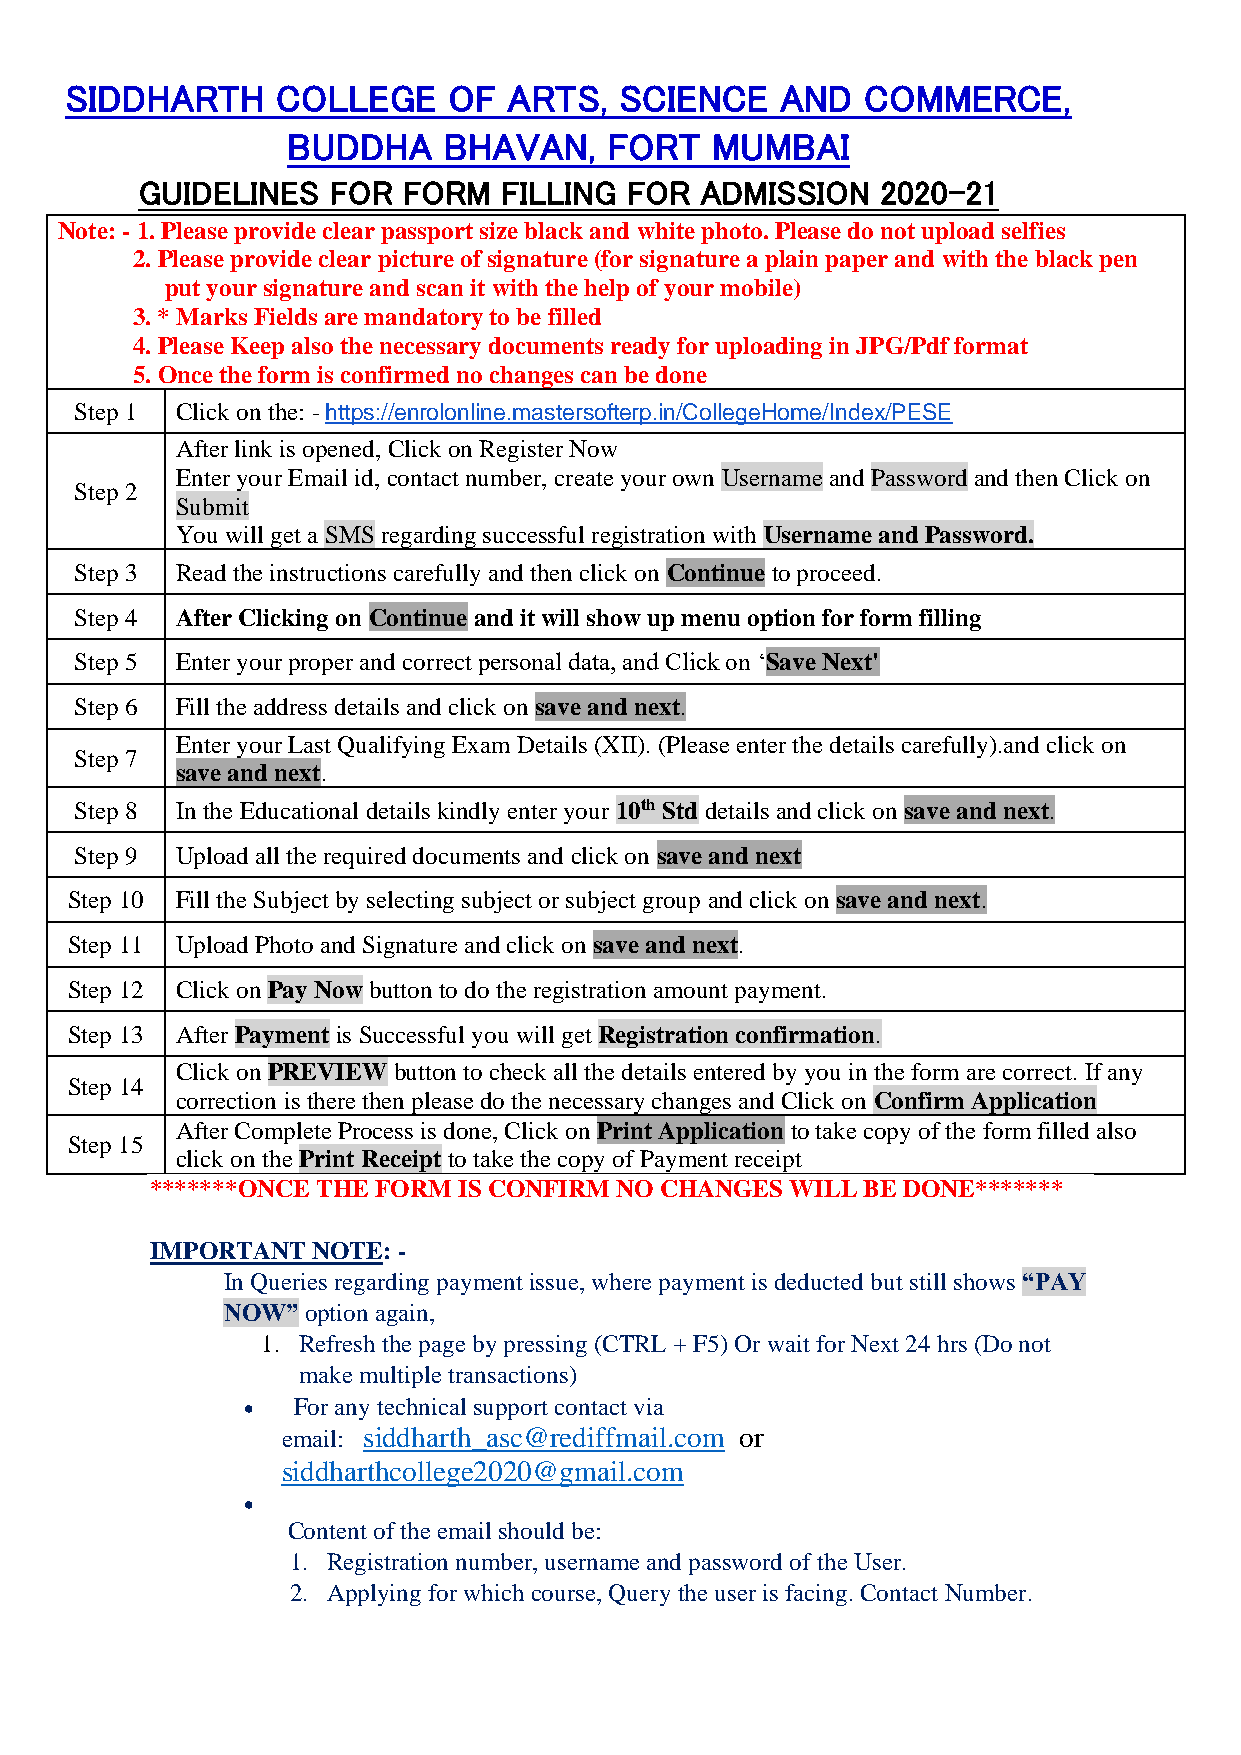
SIDDHARTH     COLLEGE     OF  ARTS,  SCIENCE    AND  COMMERCE,
 BUDDHA    BHAVAN,    FORT   MUMBAI
 GUIDELINES   FOR  FORM  FILLING FOR  ADMISSION   2020-21
 Note: - 1. Please provide clear passport size black and white photo. Please do not upload selfies
 2. Please provide clear picture of signature (for signature a plain paper and with the black pen
 put your signature and scan it with the help of your mobile)
 3. * Marks Fields are mandatory to be filled
 4. Please Keep also the necessary documents ready for uploading in JPG/Pdf format
 5. Once the form is confirmed no changes can be done
 Step 1 Click on the: - https://enrolonline.mastersofterp.in/CollegeHome/Index/PESE
 After link is opened, Click on Register Now
 Enter your Email id, contact number, create your own Username and Password and then Click on
 Step 2
 Submit
 You will get a SMS regarding successful registration with Username and Password.
 Step 3 Read the instructions carefully and then click on Continue to proceed.
 Step 4 After Clicking on Continue and it will show up menu option for form filling
 Step 5 Enter your proper and correct personal data, and Click on ‘Save Next'
 Step 6 Fill the address details and click on save and next.
 Enter your Last Qualifying Exam Details (XII). (Please enter the details carefully).and click on
 Step 7
 save and next.
 Step 8 In the Educational details kindly enter your 10th Std details and click on save and next.
 Step 9 Upload all the required documents and click on save and next
 Step 10 Fill the Subject by selecting subject or subject group and click on save and next.
 Step 11 Upload Photo and Signature and click on save and next.
 Step 12 Click on Pay Now button to do the registration amount payment.
 Step 13 After Payment is Successful you will get Registration confirmation.
 Click on PREVIEW button to check all the details entered by you in the form are correct. If any
 Step 14
 correction is there then please do the necessary changes and Click on Confirm Application
 After Complete Process is done, Click on Print Application to take copy of the form filled also
 Step 15
 click on the Print Receipt to take the copy of Payment receipt
 *******ONCE THE FORM IS CONFIRM NO CHANGES WILL BE DONE*******
 IMPORTANT  NOTE: -
 In Queries regarding payment issue, where payment is deducted but still shows “PAY
 NOW” option again,
 1. Refresh the page by pressing (CTRL + F5) Or wait for Next 24 hrs (Do not
 make multiple transactions)
 •  For any technical support contact via
 email: siddharth_asc@rediffmail.com or
 siddharthcollege2020@gmail.com
 •
 Content of the email should be:
 1. Registration number, username and password of the User.
 2. Applying for which course, Query the user is facing. Contact Number.